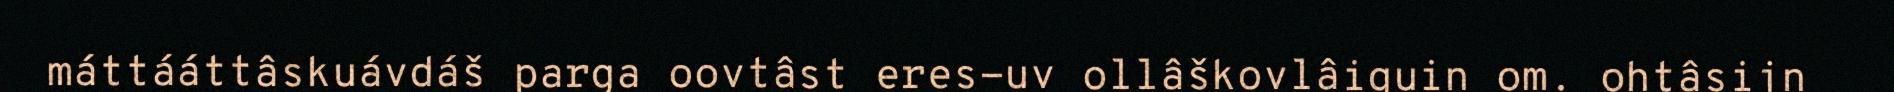
máttááttâskuávdáš parga oovtâst eres-uv ollâškovlâiguin om. ohtâsijn